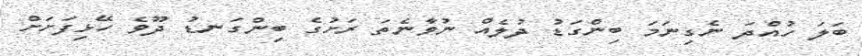
ބަލަ ހުއްދަ ނެގިނަމަ ބިންގަޑު ދުލެއް ނުވާނެތަ ރަށުގެ ބިންގަނޑު ދޫވެ ހޭޅިފަށަށް